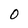
Character: O